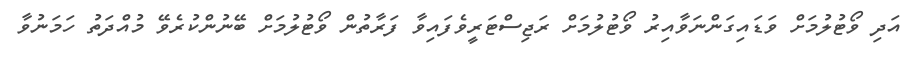
އަދި ވޯޓުލުމަށް ވަޑައިގަންނަވާއިރު ވޯޓުލުމަށް ރަޖިސްޓަރީވެފައިވާ ފަރާތުން ވޯޓުލުމަށް ބޭނުންކުރެވޭ މުއްދަތު ހަމަނުވާ